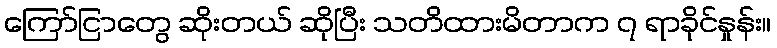
ကြော်ငြာတွေ ဆိုးတယ် ဆိုပြီး သတိထားမိတာက ၇ ရာခိုင်နှုန်း။